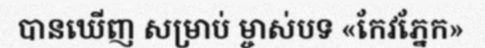
បានឃើញ សម្រាប់ ម្ចាស់បទ «កែវភ្នែក»